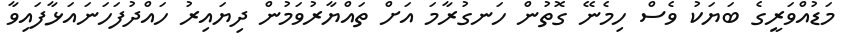
މަޑުއްވަރީގެ ބަޔަކު ވެސް ހިމެނޭ ގޮތުން ހަނގުރާމަ އަށް ތައްޔާރުވަމުން ދިޔައިރު ހައްދުފަހަނައަޅާފައިވާ